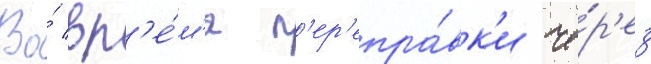
Во́ вр'е́м'я п'ер'епра́вк'и че́р'ез